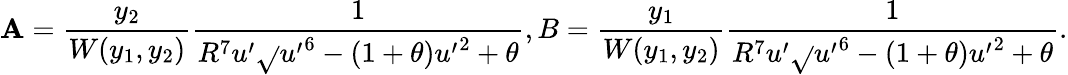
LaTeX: \mathbf{A}=\frac{{y_{2}}}{{W(y_{1},y_{2})}}\frac{{1}}{{R^{7}u^{\prime}\sqrt{}{{{u^{\prime}}^{6}-(1+\theta){u^{\prime}}^{2}+\theta}}}},B=\frac{{y_{1}}}{{W(y_{1},y_{2})}}\frac{{1}}{{R^{7}u^{\prime}\sqrt{}{{{u^{\prime}}^{6}-(1+\theta){u^{\prime}}^{2}+\theta}}}}.